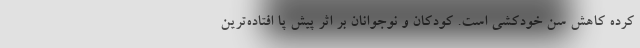
کرده کاهش سن خودکشی است. کودکان و نوجوانان بر اثر پیش پا افتاده‌ترین